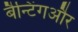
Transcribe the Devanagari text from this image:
बैन्टिंगऔर